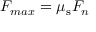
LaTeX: F _ { m a x } = \mu _ { \mathrm { s } } F _ { n }